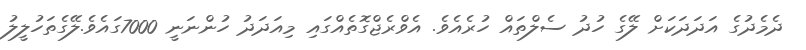
ދެމެދުގެ އަދަދަކަށް ލޭގެ ހުދު ސެލްތައް ހުރެއެވެ. އެވްރެޖްގޮތެއްގައި މިއަދަދު ހުންނަނީ 7000ގައެވެ.ލޭގެތަހުލީލު